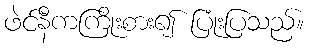
ဖဲင်နီကကြိုးစား၍ ပြုံးပြသည်။